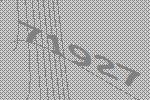
71927